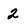
Character: 2